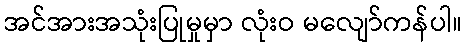
အင်အားအသုံးပြုမှုမှာ လုံးဝ မလျော်ကန်ပါ။